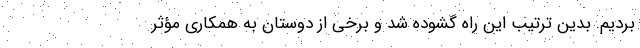
بردیم. بدین ترتیب این راه گشوده شد و برخی از دوستان به همکاری مؤثر